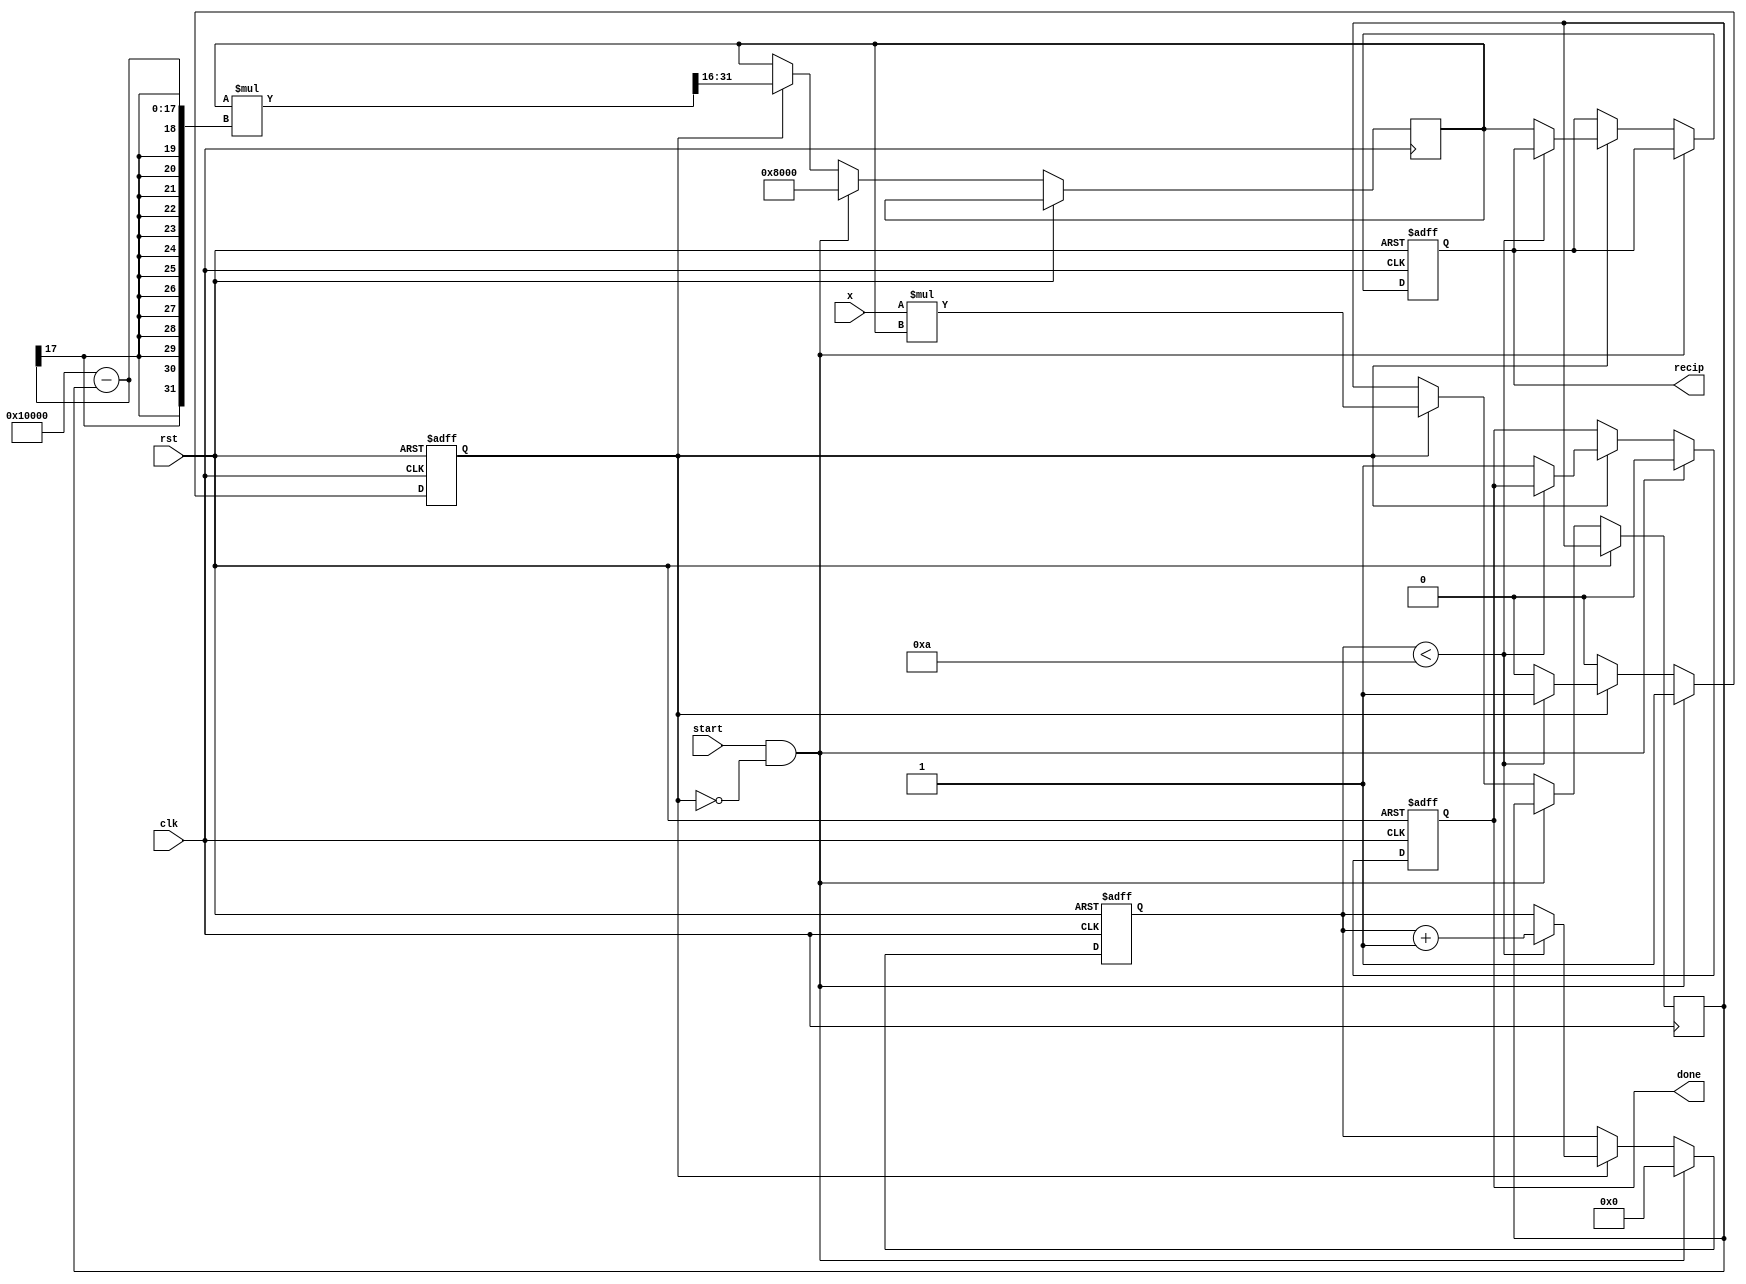
module iterative_reciprocal #(parameter N = 16, MAX_ITER = 10)(
    input wire clk,
    input wire rst,
    input wire [N-1:0] x,        // N-bit unsigned input
    input wire start,            // Signal to start computation
    output reg [N-1:0] recip,    // N-bit unsigned output for reciprocal
    output reg done              // Signal to indicate computation is done
);

    reg [N-1:0] guess;           // Current reciprocal guess
    reg [N-1:0] error;           // Error calculation
    reg [N-1:0] x_times_guess;   // Product of x and current guess
    reg [3:0] iter_count;         // Iteration counter
    reg in_progress;              // Flag for current operation progress

    // Initial guess calculation (1/x for small values of x)
    function [N-1:0] initial_guess;
        input [N-1:0] x;
        begin
            // Simple reciprocal initial guess based on a constant
            // Adjust this for better initial guess based on your needs
            initial_guess = (1 << (N-1)); // 1 in fixed-point format
        end
    endfunction

    // Sequential process for iterative calculation
    always @(posedge clk or posedge rst) begin
        if (rst) begin
            recip <= 0;
            done <= 0;
            iter_count <= 0;
            in_progress <= 0;
        end else begin
            if (start && !in_progress) begin
                // Begin the iterative process
                guess <= initial_guess(x);
                iter_count <= 0;
                done <= 0;
                in_progress <= 1;
            end else if (in_progress) begin
                // Perform iterations to refine guess
                x_times_guess <= x * guess; // Compute x * guess
                error <= x_times_guess - (1 << N); // Calculate error (x * guess - 1)

                // Update the guess using Newton-Raphson approach
                guess <= guess * (2**N - x_times_guess) >> N;

                // Check for convergence
                if (iter_count < MAX_ITER) begin
                    iter_count <= iter_count + 1;
                end else begin
                    in_progress <= 0;
                    recip <= guess; // Register final guess as the output
                    done <= 1; // Indicate that computation is done
                end
            end
        end
    end

endmodule